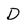
Character: D